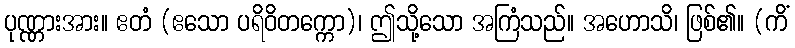
ပုဏ္ဏားအား။ ဧတံ (ဧသော ပရိဝိတက္ကော)၊ ဤသို့သော အကြံသည်။ အဟောသိ၊ ဖြစ်၏။ (ကိံ